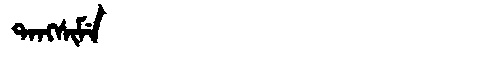
Manchu: ᡨᠠᠩᠰᡳᠮᡝ
Romanization: TANGSIME